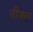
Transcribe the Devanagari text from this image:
बीजदर